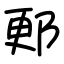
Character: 郠